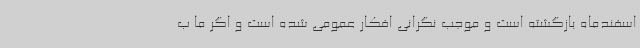
اسفندماه بازگشته است و موجب نگرانی افکار عمومی شده است و اگر ما ب